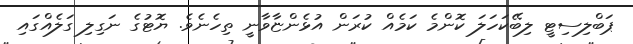
ޕަބްލިސިޓީ ލިބޭކަހަލަ ކޮންމެ ކަމެއް ކުރަން އުޅެންޏާވާނީ ތިހެނެވެ. ޔޮޓުގެ ނަގިލި ގަލެއްގައި